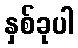
နှစ်ခုပါ